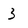
Character: 3